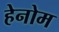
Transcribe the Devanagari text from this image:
हेनोम